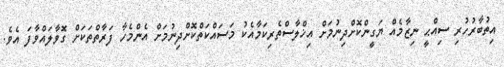
އިތުބާރުހުރި ސިއްޙީ ނިޒާމެއް ޔަގީންކޮށްދިނުމަށް އިޚްލާސްތެރިކަމާއެކު މަސައްކަތްކޮށްދިނުމަށް އެންމެހާ ފަރާތްތަކަށް ގޮވާލައްވާފަ އެވެ.